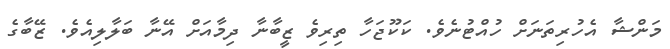
މަންޝާ އެހުރިތަނަށް ހުއްޓުނެވެ. ކަކޫޖަހާ ތިރިވެ ޒީބާނާ ދިމާއަށް އޭނާ ބަލާލިއެވެ. ޒޭބާގެ